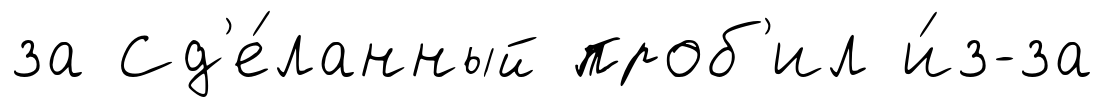
за Сд'е́ланный проб'ил и́з-за